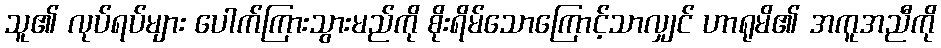
သူ၏ လုပ်ရပ်များ ပေါက်ကြားသွားမည်ကို စိုးရိမ်သောကြောင့်သာလျှင် ဟာရုမိ၏ အကူအညီကို